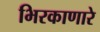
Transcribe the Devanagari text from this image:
भिरकाणारे